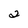
Character: 2